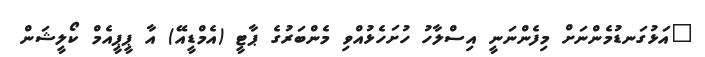
"އަޅުގަނޑުމެންނަށް މިފެންނަނީ އިސްލާހު ހުށަހެޅުއްވި މެންބަރުގެ ޕާޓީ (އެމްޑީއޭ) އާ ޕީޕީއެމް ކޯލީޝަން